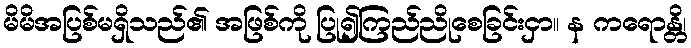
မိမိအပြစ်မရှိသည်၏ အဖြစ်ကို ပြု၍ကြည်ညိုစေခြင်းငှာ။ န ကရောန္တိ၊